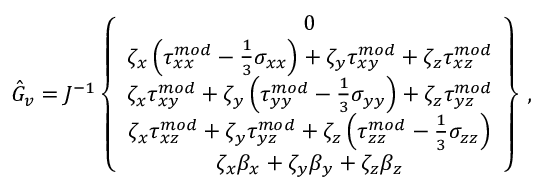
\hat { G } _ { v } = J ^ { - 1 } \left\{ \begin{array} { c } { 0 } \\ { \zeta _ { x } \left( { \tau } _ { x x } ^ { m o d } - \frac { 1 } { 3 } \sigma _ { x x } \right) + \zeta _ { y } { \tau } _ { x y } ^ { m o d } + \zeta _ { z } { \tau } _ { x z } ^ { m o d } } \\ { \zeta _ { x } { \tau } _ { x y } ^ { m o d } + \zeta _ { y } \left( { \tau } _ { y y } ^ { m o d } - \frac { 1 } { 3 } \sigma _ { y y } \right) + \zeta _ { z } { \tau } _ { y z } ^ { m o d } } \\ { \zeta _ { x } { \tau } _ { x z } ^ { m o d } + \zeta _ { y } { \tau } _ { y z } ^ { m o d } + \zeta _ { z } \left( { \tau } _ { z z } ^ { m o d } - \frac { 1 } { 3 } \sigma _ { z z } \right) } \\ { \zeta _ { x } { \beta } _ { x } + \zeta _ { y } { \beta } _ { y } + \zeta _ { z } { \beta } _ { z } } \end{array} \right\} \, \mathrm { , }